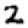
Digit: 2